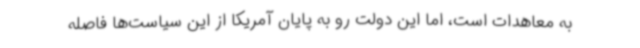
به معاهدات است، اما این دولت رو به پایان آمریکا از این سیاست‌ها فاصله